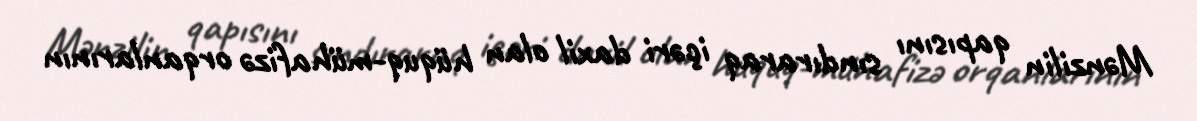
Mənzilin qapısını sındıraraq içəri daxil olan hüquq-mühafizə orqanlarının